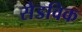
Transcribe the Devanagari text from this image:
सेडविक